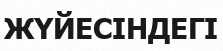
ЖҮЙЕСІНДЕГІ